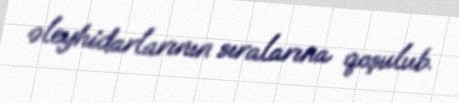
əleyhidarlarının sıralarına qoşulub.